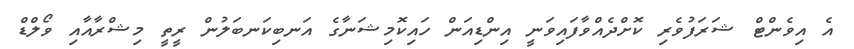
އެ އިވެންޓް ޝަރަފުވެރި ކޮށްދެއްވާފައިވަނީ އިންޑިއަން ހައިކޮމިޝަނާގެ އަނބިކަނބަލުން ރީތީ މިޝްރާއާއި ވޯލްޑް